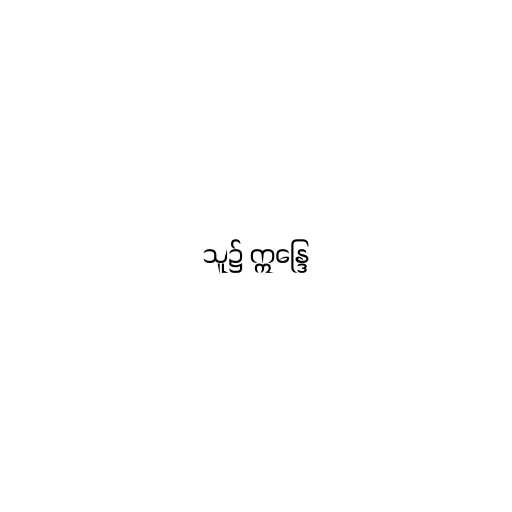
သူ၌ ဣန္ဒြေ